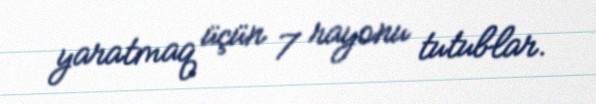
yaratmaq üçün 7 rayonu tutublar.